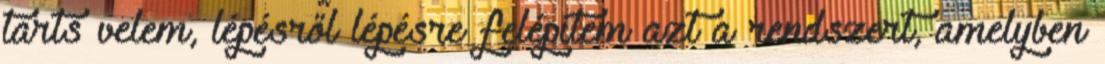
tarts velem, lépésről lépésre felépítem azt a rendszert, amelyben